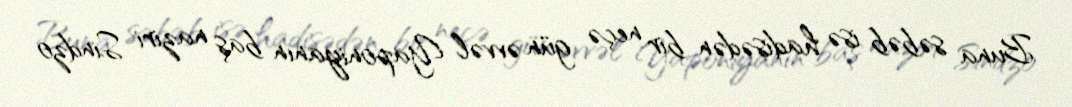
Buna səbəb isə hadisədən bir neçə gün əvvəl Yaponiyanın baş naziri Sindzo